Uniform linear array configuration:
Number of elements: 4
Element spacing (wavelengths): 1
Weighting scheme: kaiser
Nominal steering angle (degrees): -45
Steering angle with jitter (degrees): -45.611
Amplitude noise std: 0.05
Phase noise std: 0.05

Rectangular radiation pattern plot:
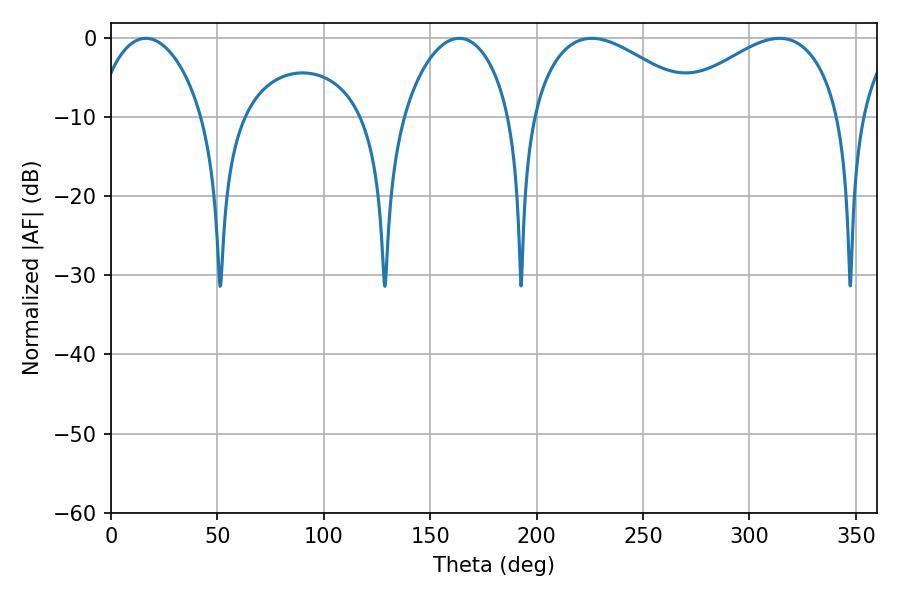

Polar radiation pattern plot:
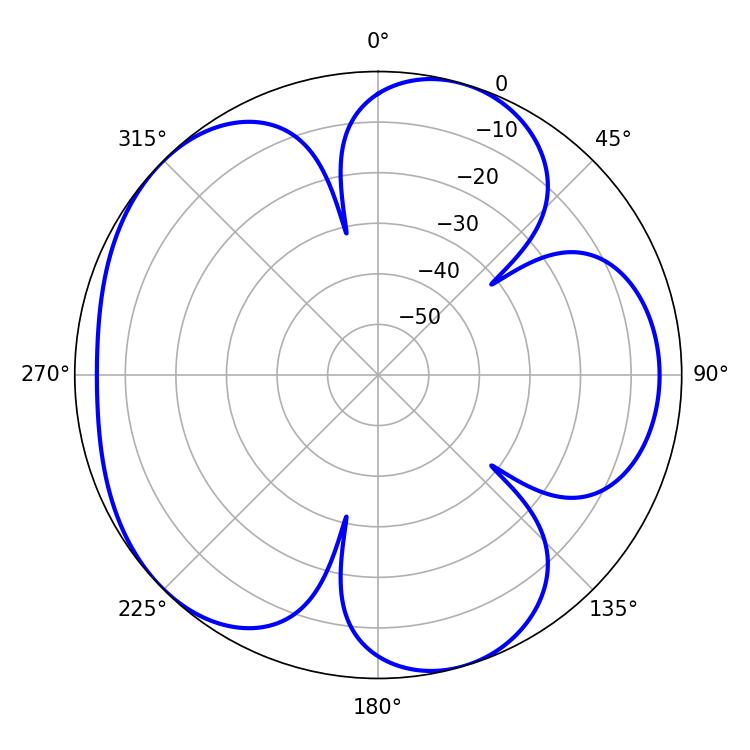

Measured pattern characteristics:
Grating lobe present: TRUE
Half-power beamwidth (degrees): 44.1
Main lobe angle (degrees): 225.9